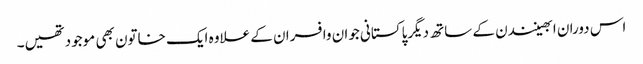
اس دوران ابھینندن کے ساتھ دیگرپاکستانی جوان وافسران کے علاوہ ایک خاتون بھی موجودتھیں۔